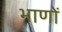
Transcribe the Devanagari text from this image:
भाणों